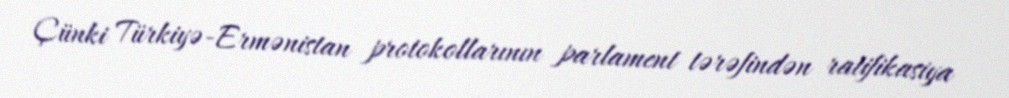
Çünki Türkiyə-Ermənistan protokollarının parlament tərəfindən ratifikasiya